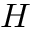
H